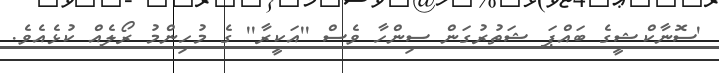
'ސޮނާކްޝީގެ ބައްޕަ ޝަތުރުގަން ސިންހާ ވެސް ''އަކީރާ'' ގެ މުހިންމު ރޯލެއް ކުޅެއެވެ.